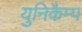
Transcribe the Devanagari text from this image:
युनिकैम्प